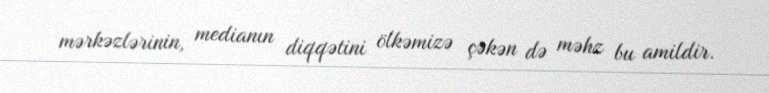
mərkəzlərinin, medianın diqqətini ölkəmizə çəkən də məhz bu amildir.